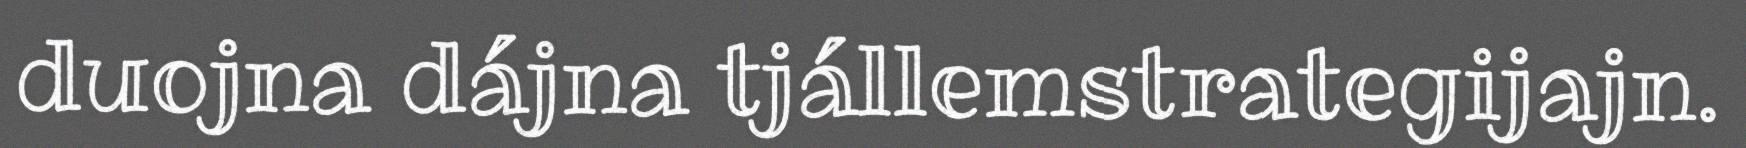
duojna dájna tjállemstrategijajn.